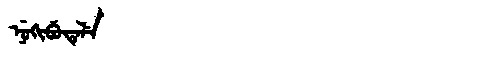
Manchu: ᠨᡠᡴᡳᠪᡠᡨᡝᠯᡝ
Romanization: NUKIBUTELE